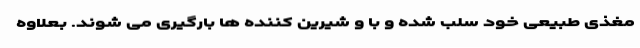
مغذی طبیعی خود سلب شده و با و شیرین کننده ها بارگیری می شوند. بعلاوه